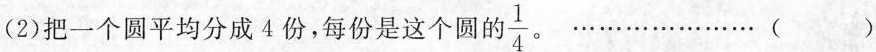
(2)把一个圆平均分成4份，每份是这个圆自 \frac{1}{4} 。…………( )